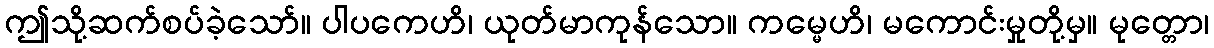
ဤသို့ဆက်စပ်ခဲ့သော်။ ပါပကေဟိ၊ ယုတ်မာကုန်သော။ ကမ္မေဟိ၊ မကောင်းမှုတို့မှ။ မုတ္တော၊